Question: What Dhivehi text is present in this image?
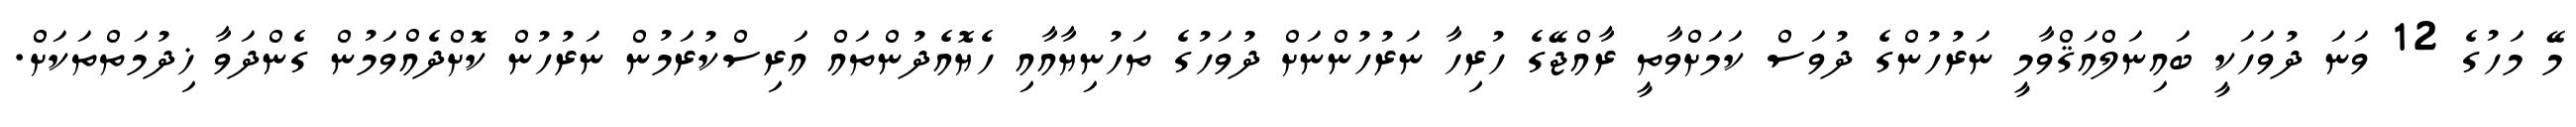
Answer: މޭ މަހުގެ 12 ވަނަ ދުވަހަކީ ބައިނަލްއަޤްވާމީ ނަރުހުންގެ ދުވަސް ކަމަށްވާތީ ރާއްޖޭގެ ހުރިހާ ނަރުހުންނަށް ދުވަހުގެ ތަހުނިޔާއާއި ހެޔޮއެދުންތައް އަރިސްކުރަމުން ނަރުހުން ކޮށްދެއްވަމުން ގެންދަވާ ޚިދުމަތްތަކަށް.